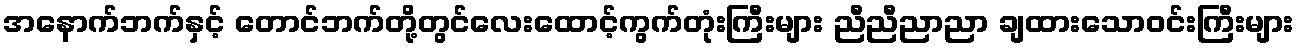
အနောက်ဘက်နှင့် တောင်ဘက်တို့တွင်လေးထောင့်ကွက်တုံးကြီးများ ညီညီညာညာ ချထားသောဝင်းကြီးများ